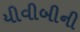
યીવીબીની